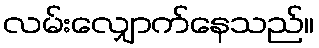
လမ်းလျှောက်နေသည်။